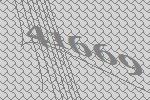
41669